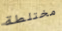
مختلطة